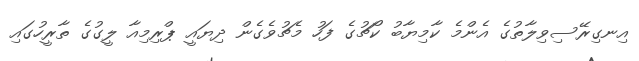
އިނގިރޭސިވިލާތުގެ އެންމެ ކާމިޔާބު ކޯޗުގެ ފަހު މެޗުވެގެން ދިޔައީ ޕްރިމިއާ ލީގުގެ ތާރީހުގައި